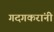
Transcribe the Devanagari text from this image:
गदगकरांनी